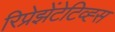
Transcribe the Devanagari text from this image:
रिप्रेझेंटेटिव्ह्स